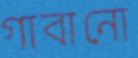
গাবানো